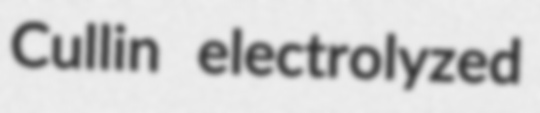
Cullin electrolyzed